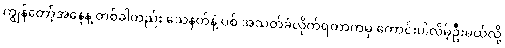
ကျွန်တော့်အနေနဲ့ တစ်ခါတည်း သေနတ်နဲ့ ပစ် အသတ်ခံလိုက်ရတာကမှ ကောင်းပါလိမ့်ဦးမယ်လို့